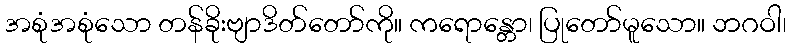
အစုံအစုံသော တန်ခိုးဗျာဒိတ်တော်ကို။ ကရောန္တော၊ ပြုတော်မူသော။ ဘဂဝါ၊